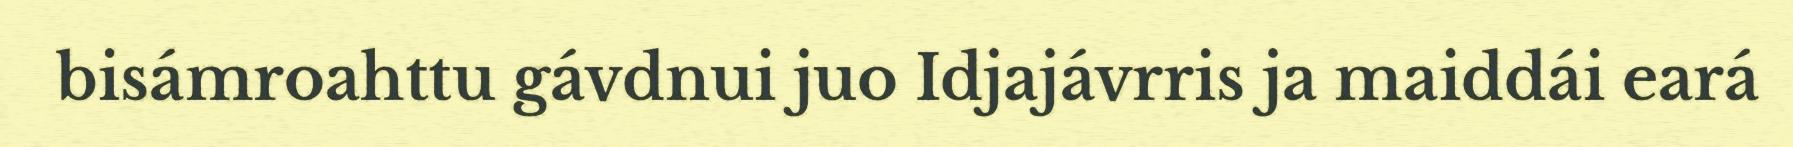
bisámroahttu gávdnui juo Idjajávrris ja maiddái eará